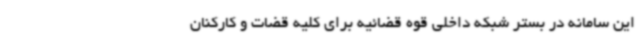
این سامانه در بستر شبکه داخلی قوه قضائیه برای کلیه قضات و کارکنان